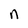
Character: n